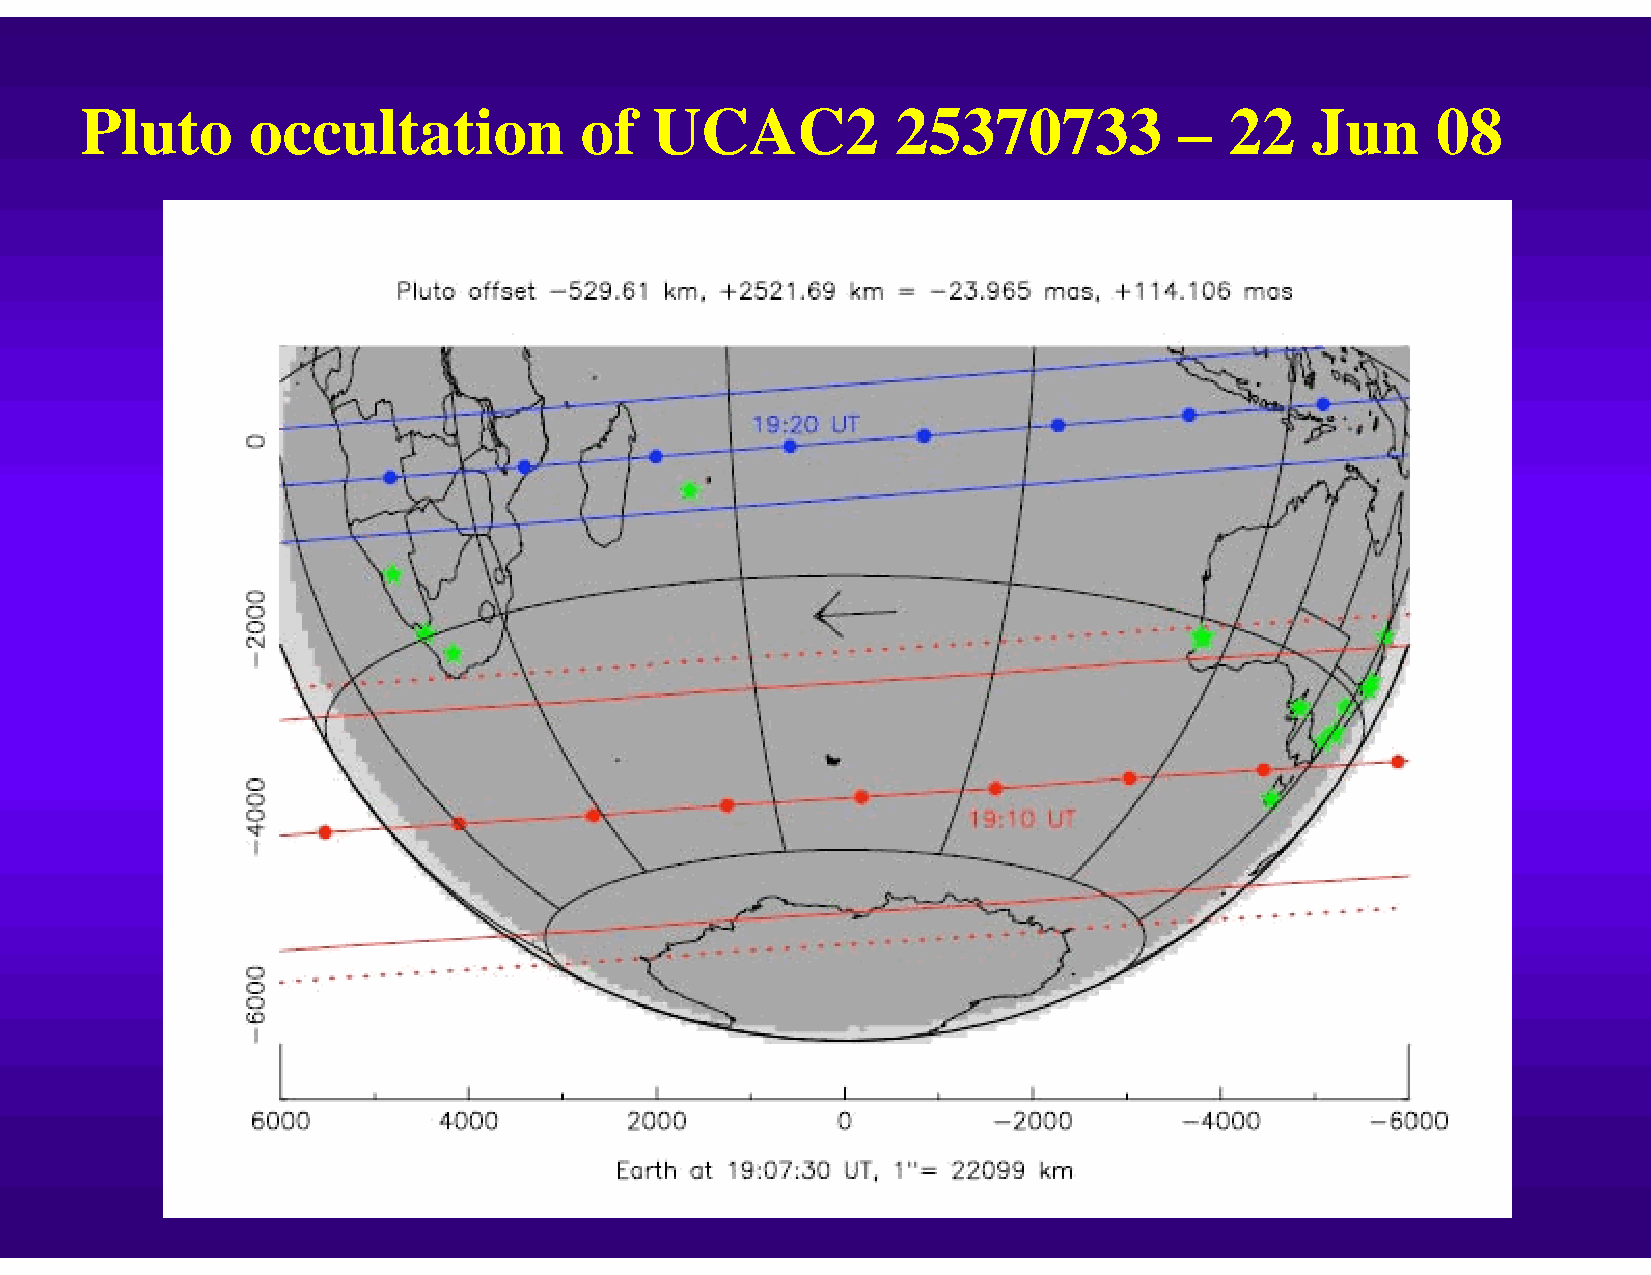
Pluto      occultation           of   UCAC2           25370733           –  22    Jun     08